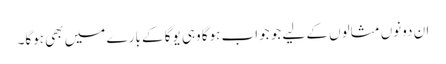
ان دونوں مثالوں کے لیے جو جواب ہوگا وہی یوگا کے بارے میں بھی ہوگا۔